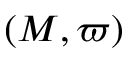
( M , \varpi )